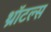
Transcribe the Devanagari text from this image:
थ्रॉटल्स